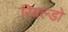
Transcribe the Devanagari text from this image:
रियल्डो